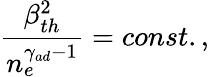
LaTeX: \frac{\beta_{th}^{2}}{n_{e}^{\gamma_{ad}-1}}=const.,